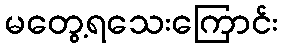
မတွေ့ရသေးကြောင်း